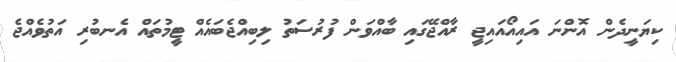
ކިޔަނީދެން އޮންނަ އައިއޯއައިޖީ ރާއްޖޭގައި ބާއްވަން ފުރުސަތު ލިބިއްޖެބައެއް ޓީމުތައް އެނބުރި އަތުވެއްޖެ